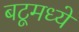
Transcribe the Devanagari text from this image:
बटूमध्ये